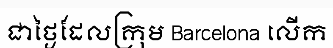
ជាថ្ងៃដែលក្រុម Barcelona លើក